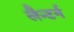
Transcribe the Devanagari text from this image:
लैन्टर्न